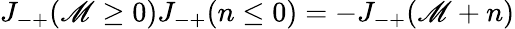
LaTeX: J_{-+}(\mathscr{M}\ge0)J_{-+}(n\le0)=-J_{-+}(\mathscr{M}+n)